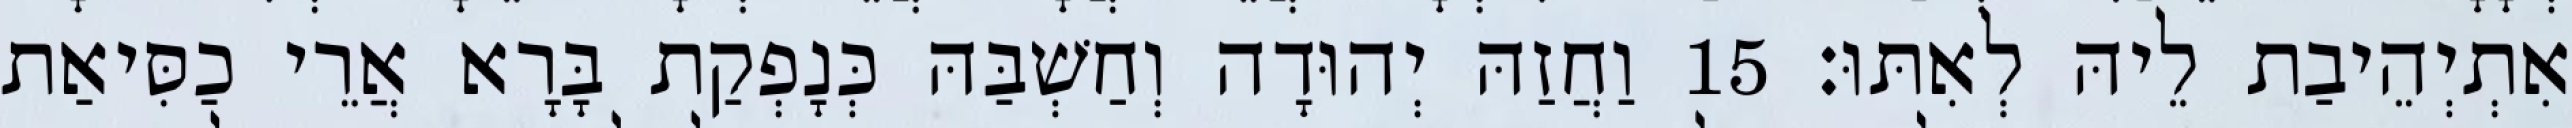
אִתְיְהֵיבַת לֵיהּ לְאִתּוּ׃ 15 וַחֲזַהּ יְהוּדָה וְחַשְׁבַּהּ כְּנָפְקַת בָּרָא אֲרֵי כַסִּיאַת